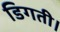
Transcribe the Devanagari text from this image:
डिगती।